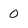
Character: 0